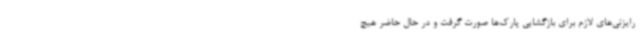
رایزنی‌های لازم برای بازگشایی پارک‌ها صورت گرفت و در حال حاضر هیچ